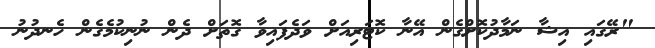
"ރޭގައި އިޝާ ނަމާދުކޮށްގެން އޭނާ ކޮޓަރިއަށް ވަދެފައިވާ ގޮތަށް ދެން ނުނިކުމެގެން ހެނދުނު